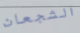
الشجعان